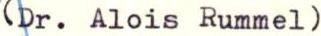
(Dr. Alois Rummel)